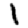
Digit: 1